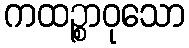
ကထဉ္စာဝုသော